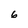
Character: 6